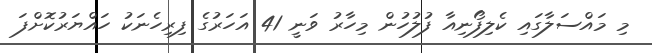
މި މައްސަލާގައި ކެލިފޯނިއާ ފުލުހުން މިހާރު ވަނީ 41 އަހަރުގެ ފިރިހެނަކު ހައްޔަރުކޮށްފަ